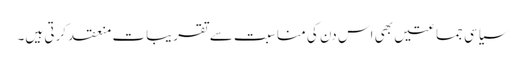
سیاسی جماعتیں بھی اس دن کی مناسبت سے تقریبات منعقد کرتی ہیں۔